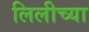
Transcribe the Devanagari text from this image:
लिलीच्या